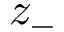
z _ { - }